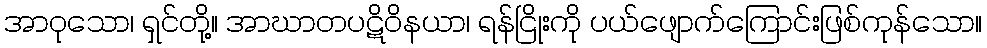
အာဝုသော၊ ရှင်တို့။ အာဃာတပဋိဝိနယာ၊ ရန်ငြိုးကို ပယ်ဖျောက်ကြောင်းဖြစ်ကုန်သော။